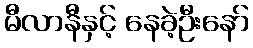
မီလာနီနှင့် နေခဲ့ဦးနော်